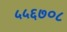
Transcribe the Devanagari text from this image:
५५६७०८